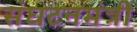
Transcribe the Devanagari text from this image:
संघटनमंत्री